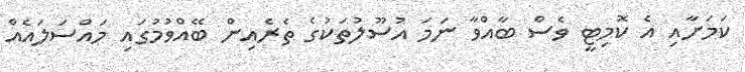
ކަމަށާއި އެ ކޮމިޓީ ވެސް ބާއްވާ ނަމަ އުސޫލުތަކުގެ ތެރެއިން ބޭއްވުމުގައި މައްސަލައެއް